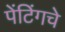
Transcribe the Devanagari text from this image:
पेंटिंगचे